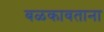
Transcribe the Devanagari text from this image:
बळकावताना